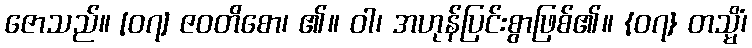
ဇောသည်။ [၀၇] ဇဝတိစော၊ ၏။ ဝါ၊ အဟုန်ပြင်းစွာဖြစ်၏။ {၀၇} တသ္မိံ၊